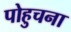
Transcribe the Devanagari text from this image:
पोहुचना